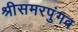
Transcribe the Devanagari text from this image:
श्रीसमरपुंगव